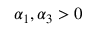
\alpha _ { 1 } , \alpha _ { 3 } > 0